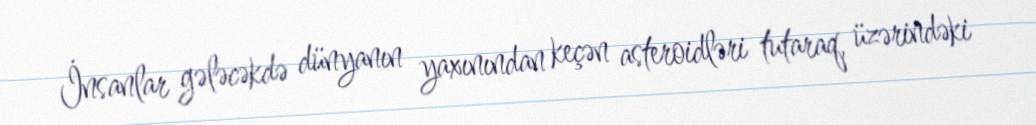
İnsanlar gələcəkdə dünyanın yaxınından keçən asteroidləri tutaraq, üzərindəki